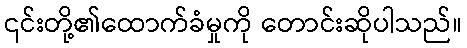
၎င်းတို့၏ထောက်ခံမှုကို တောင်းဆိုပါသည်။